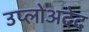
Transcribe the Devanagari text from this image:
उप्लोअदेद